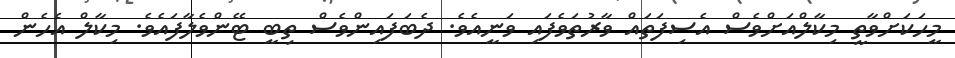
މީހަކަށްވާތީ މިކާލްއަށްވެސް އެސިފަތައް ވާރުތަވެފައި ވަނީއެވެ. ދެބަފައިންވެސް ތިބީ ޓޭންވެލާފައެވެ. މިކާލް އެހެން